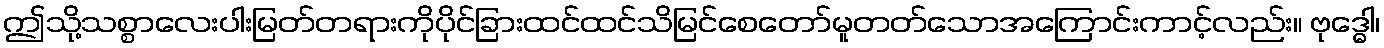
ဤသို့သစ္စာလေးပါးမြတ်တရားကိုပိုင်ခြားထင်ထင်သိမြင်စေတော်မူတတ်သောအကြောင်းကာင့်လည်း။ ဗုဒ္ဓေါ၊